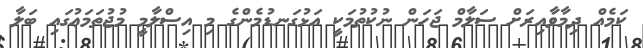
ކަމެއް ދިމާވާއިރަށް ސަލާމް ޖަހަން ނުކުތުމަކީ އަޅުގަނޑުމެންގެ މި އިސްލާމީ މުޖުތަމަޢުގައި ބަލާ